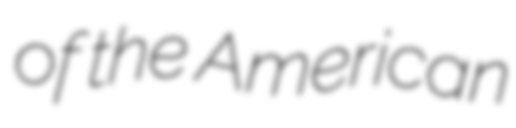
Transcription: of the American